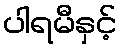
ပါရမီနှင့်